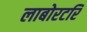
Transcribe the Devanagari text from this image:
लाबोरटरि